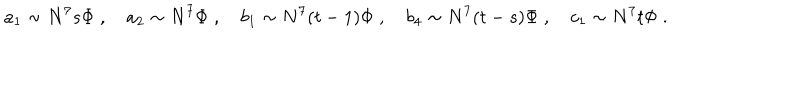
a _ { 1 } \sim N ^ { 7 } s \Phi \; , \quad a _ { 2 } \sim N ^ { 7 } \Phi \; , \quad b _ { 1 } \sim N ^ { 7 } ( t - 1 ) \Phi \; , \quad b _ { 4 } \sim N ^ { 7 } ( t - s ) \Phi \; , \quad c _ { 1 } \sim N ^ { 7 } t \Phi \; .